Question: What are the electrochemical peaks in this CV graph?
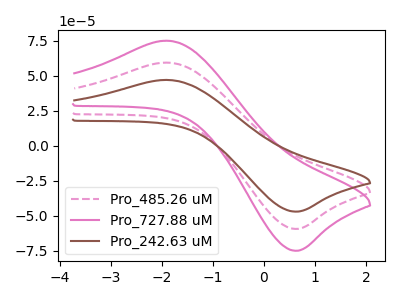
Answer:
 <answer>The pink dashed curve "Pro_485.26 uM" has an anodic peak at (-1.90V, 59.50uA) and a cathodic peak at (0.65V, -59.35uA). The pink curve "Pro_727.88 uM" has an anodic peak at (-1.90V, 119.05uA) and a cathodic peak at (0.65V, -118.75uA). The brown curve "Pro_242.63 uM" has an anodic peak at (-1.90V, 47.10uA) and a cathodic peak at (0.65V, -47.00uA).</answer>
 <eval></eval>